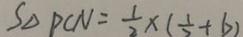
S _ { \Delta P C N } = \frac { 1 } { 2 } \times ( \frac { 1 } { 2 } + b )